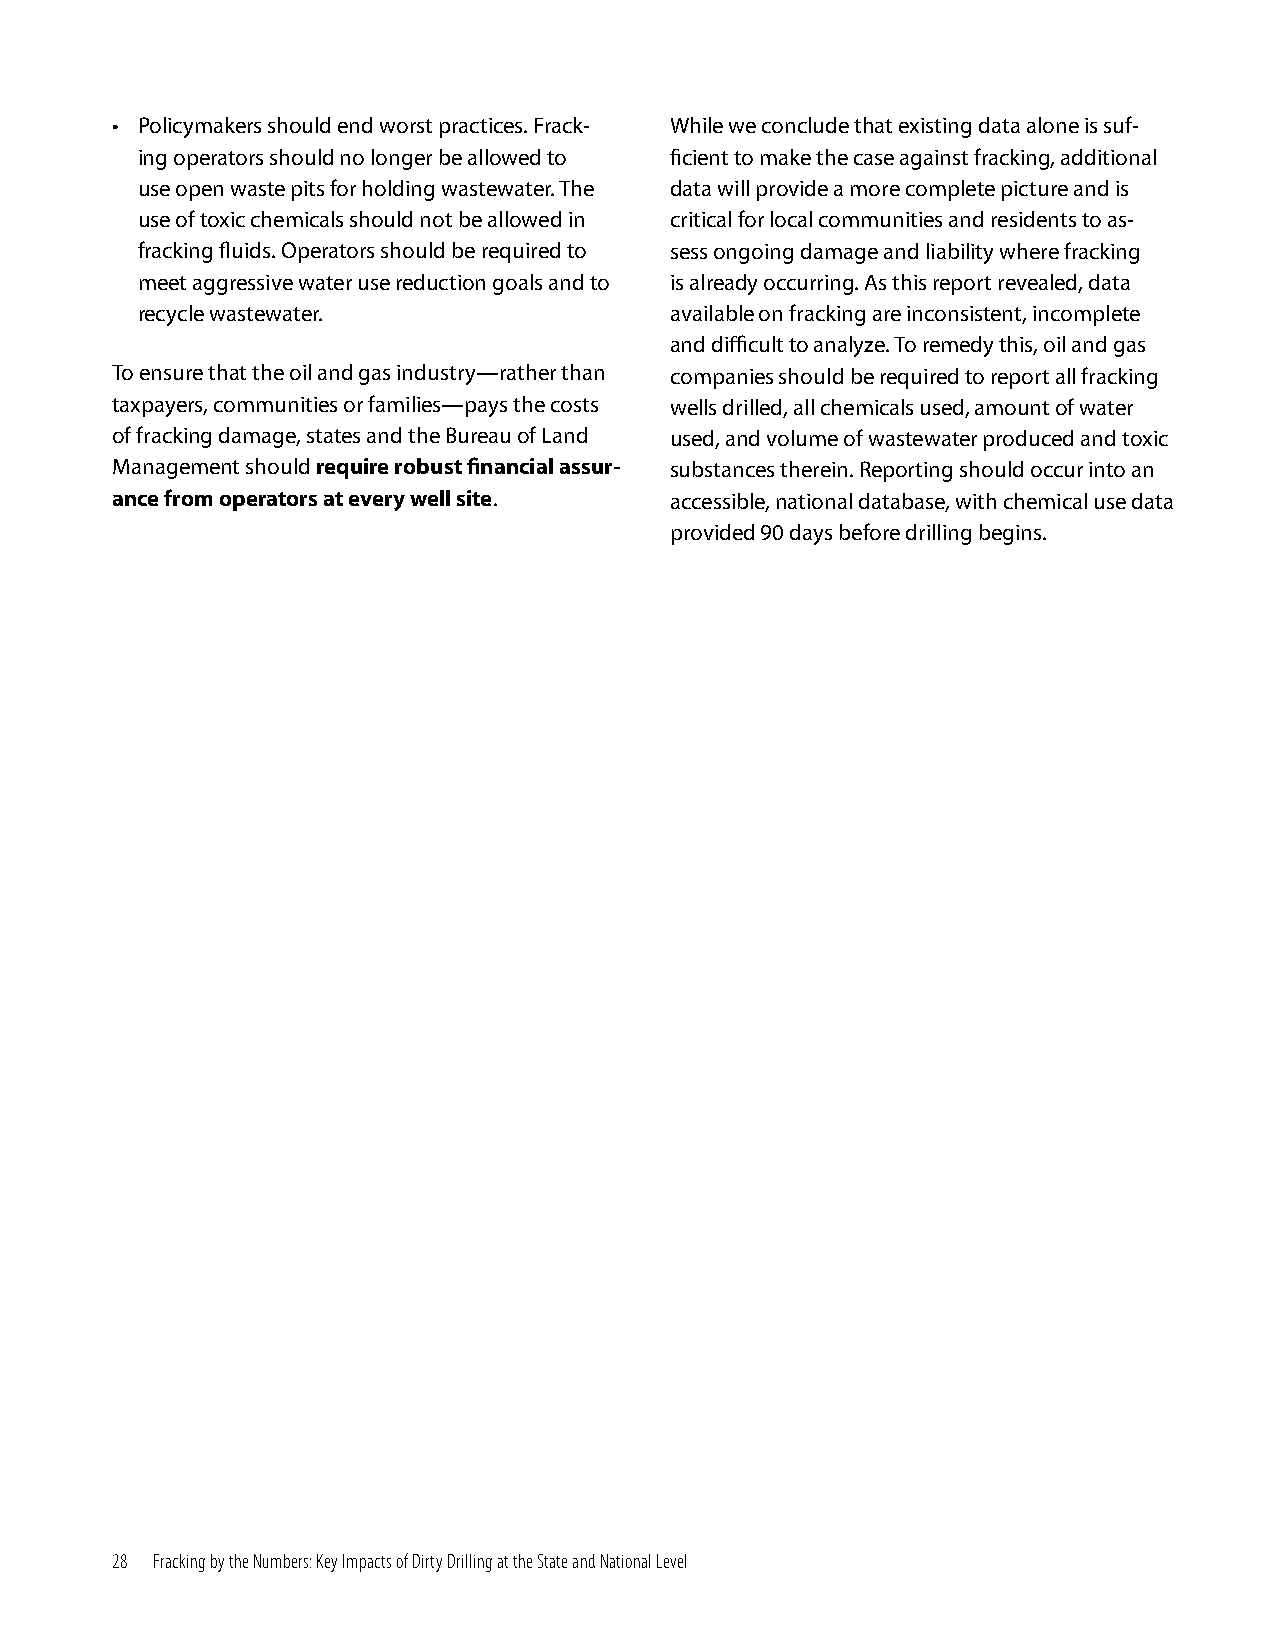
• Policymakers should end worst practices. Frack- While we conclude that existing data alone is suf-
 ing operators should no longer be allowed to ficient to make the case against fracking, additional
 use open waste pits for holding wastewater. The data will provide a more complete picture and is
 use of toxic chemicals should not be allowed in critical for local communities and residents to as-
 fracking fluids. Operators should be required to sess ongoing damage and liability where fracking
 meet aggressive water use reduction goals and to is already occurring. As this report revealed, data
 recycle wastewater.                available on fracking are inconsistent, incomplete
 and difficult to analyze. To remedy this, oil and gas
 To ensure that the oil and gas industry—rather than companies should be required to report all fracking
 taxpayers, communities or families—pays the costs wells drilled, all chemicals used, amount of water
 of fracking damage, states and the Bureau of Land used, and volume of wastewater produced and toxic
 Management should require robust financial assur- substances therein. Reporting should occur into an
 ance from operators at every well site. accessible, national database, with chemical use data
 provided 90 days before drilling begins.
 28 Fracking by the Numbers: Key Impacts of Dirty Drilling at the State and National Level